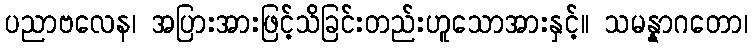
ပညာဗလေန၊ အပြားအားဖြင့်သိခြင်းတည်းဟူသောအားနှင့်။ သမန္နာဂတော၊